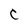
Character: c